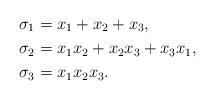
LaTeX: \begin{align*}\sigma_1&=x_1+x_2+x_3,\\\sigma_2&=x_1x_2+x_2x_3+x_3x_1,\\\sigma_3&=x_1x_2x_3.\end{align*}